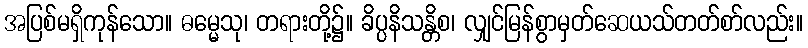
အပြစ်မရှိကုန်သော။ ဓမ္မေသု၊ တရားတို့၌။ ခိပ္ပနိသန္တိစ၊ လျှင်မြန်စွာမှတ်ဆေယသ်တတ်စာ်လည်း။